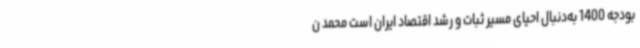
بودجه 1400 به‌دنبال احیای مسیر ثبات و رشد اقتصاد ایران است محمد ن